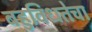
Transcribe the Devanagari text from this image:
बहुविधतेचा